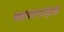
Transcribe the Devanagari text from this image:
क्लाराइड